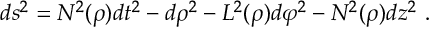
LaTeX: d s ^ { 2 } = N ^ { 2 } ( \rho ) d t ^ { 2 } - d \rho ^ { 2 } - L ^ { 2 } ( \rho ) d \varphi ^ { 2 } - N ^ { 2 } ( \rho ) d z ^ { 2 } \ .